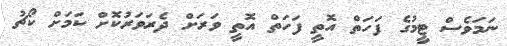
ނަމަވެސް ޓީމުގެ ފަހަތް އޮތީ ފަހަތް އޮތީ ވަރަށް ދެރަވަރުކޮށް ކަމަށް ކޯޗު